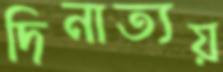
দিনাত্যয়